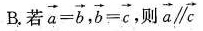
B.若 $$\overrightarrow{a}= \overrightarrow{b}, \overrightarrow{b}= \overrightarrow{c}$$ ，则 $$\overrightarrow{a}\parallel\overrightarrow{c}$$